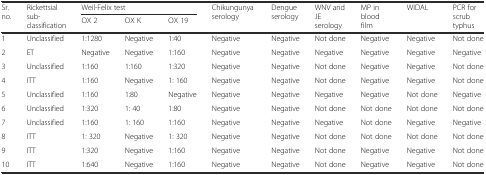
<table><thead><tr><td rowspan="2"><b>Sr. no.</b></td><td rowspan="2"><b>Rickettsial sub-classification</b></td><td colspan="3"><b>Weil-Felix test</b></td><td rowspan="2"><b>Chikungunya serology</b></td><td rowspan="2"><b>Dengue serology</b></td><td rowspan="2"><b>WNV and JE serology</b></td><td rowspan="2"><b>MP in blood film</b></td><td rowspan="2"><b>WIDAL</b></td><td rowspan="2"><b>PCR for scrub typhus</b></td></tr><tr><td><b>OX 2</b></td><td><b>OX K</b></td><td><b>OX 19</b></td></tr></thead><tbody><tr><td>1</td><td>Unclassified</td><td>1:1280</td><td>Negative</td><td>1:40</td><td>Negative</td><td>Negative</td><td>Not done</td><td>Negative</td><td>Negative</td><td>Not done</td></tr><tr><td>2</td><td>ET</td><td>Negative</td><td>Negative</td><td>1:160</td><td>Negative</td><td>Negative</td><td>Negative</td><td>Negative</td><td>Negative</td><td>Negative</td></tr><tr><td>3</td><td>Unclassified</td><td>1:160</td><td>1:160</td><td>1:320</td><td>Negative</td><td>Negative</td><td>Not done</td><td>Negative</td><td>Negative</td><td>Not done</td></tr><tr><td>4</td><td>ITT</td><td>1:160</td><td>Negative</td><td>1: 160</td><td>Negative</td><td>Negative</td><td>Not done</td><td>Negative</td><td>Negative</td><td>Not done</td></tr><tr><td>5</td><td>Unclassified</td><td>1:160</td><td>1:80</td><td>Negative</td><td>Negative</td><td>Negative</td><td>Negative</td><td>Negative</td><td>Not done</td><td>Negative</td></tr><tr><td>6</td><td>Unclassified</td><td>1:320</td><td>1: 40</td><td>1:80</td><td>Negative</td><td>Negative</td><td>Not done</td><td>Not done</td><td>Not done</td><td>Not done</td></tr><tr><td>7</td><td>Unclassified</td><td>1:160</td><td>1: 160</td><td>1:160</td><td>Negative</td><td>Negative</td><td>Negative</td><td>Not done</td><td>Negative</td><td>Negative</td></tr><tr><td>8</td><td>ITT</td><td>1: 320</td><td>Negative</td><td>1: 320</td><td>Negative</td><td>Negative</td><td>Not done</td><td>Not done</td><td>Not done</td><td>Not done</td></tr><tr><td>9</td><td>ITT</td><td>1:320</td><td>Negative</td><td>1:160</td><td>Negative</td><td>Negative</td><td>Not done</td><td>Negative</td><td>Negative</td><td>Not done</td></tr><tr><td>10</td><td>ITT</td><td>1:640</td><td>Negative</td><td>1:160</td><td>Negative</td><td>Negative</td><td>Not done</td><td>Negative</td><td>Negative</td><td>Not done</td></tr></tbody></table>